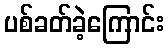
ပစ်ခတ်ခဲ့ကြောင်း